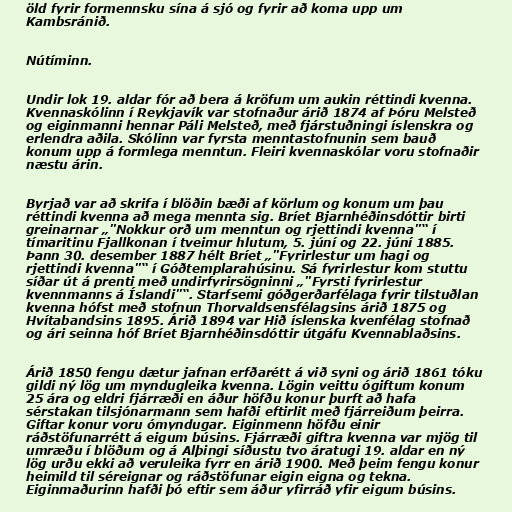
öld fyrir formennsku sína á sjó og fyrir að koma upp um
Kambsránið.

Nútíminn.

Undir lok 19. aldar fór að bera á kröfum um aukin réttindi kvenna.
Kvennaskólinn í Reykjavík var stofnaður árið 1874 af Þóru Melsteð
og eiginmanni hennar Páli Melsteð, með fjárstuðningi íslenskra og
erlendra aðila. Skólinn var fyrsta menntastofnunin sem bauð
konum upp á formlega menntun. Fleiri kvennaskólar voru stofnaðir
næstu árin.

Byrjað var að skrifa í blöðin bæði af körlum og konum um þau
réttindi kvenna að mega mennta sig. Bríet Bjarnhéðinsdóttir birti
greinarnar „"Nokkur orð um menntun og rjettindi kvenna"“ í
tímaritinu Fjallkonan í tveimur hlutum, 5. júní og 22. júní 1885.
Þann 30. desember 1887 hélt Bríet „"Fyrirlestur um hagi og
rjettindi kvenna"“ í Góðtemplarahúsinu. Sá fyrirlestur kom stuttu
síðar út á prenti með undirfyrirsögninni „"Fyrsti fyrirlestur
kvennmanns á Íslandi"“. Starfsemi góðgerðarfélaga fyrir tilstuðlan
kvenna hófst með stofnun Thorvaldsensfélagsins árið 1875 og
Hvítabandsins 1895. Árið 1894 var Hið íslenska kvenfélag stofnað
og ári seinna hóf Bríet Bjarnhéðinsdóttir útgáfu Kvennablaðsins.

Árið 1850 fengu dætur jafnan erfðarétt á við syni og árið 1861 tóku
gildi ný lög um myndugleika kvenna. Lögin veittu ógiftum konum
25 ára og eldri fjárræði en áður höfðu konur þurft að hafa
sérstakan tilsjónarmann sem hafði eftirlit með fjárreiðum þeirra.
Giftar konur voru ómyndugar. Eiginmenn höfðu einir
ráðstöfunarrétt á eigum búsins. Fjárræði giftra kvenna var mjög til
umræðu í blöðum og á Alþingi síðustu tvo áratugi 19. aldar en ný
lög urðu ekki að veruleika fyrr en árið 1900. Með þeim fengu konur
heimild til séreignar og ráðstöfunar eigin eigna og tekna.
Eiginmaðurinn hafði þó eftir sem áður yfirráð yfir eigum búsins.